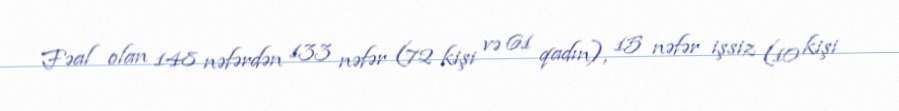
Fəal olan 148 nəfərdən 133 nəfər (72 kişi və 61 qadın), 15 nəfər işsiz (10 kişi